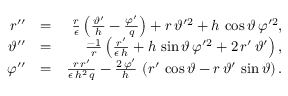
\begin{array} { r l r } { r ^ { \prime \prime } } & { = } & { \frac { r } { \epsilon } \left( \frac { \vartheta ^ { \prime } } { h } - \frac { \varphi ^ { \prime } } { q } \right) + r \, \vartheta ^ { \prime 2 } + h \, \cos \vartheta \, \varphi ^ { \prime 2 } , } \\ { \vartheta ^ { \prime \prime } } & { = } & { \frac { - 1 } { r } \left( \frac { r ^ { \prime } } { \epsilon \, h } + h \, \sin \vartheta \, \varphi ^ { \prime 2 } + 2 \, r ^ { \prime } \, \vartheta ^ { \prime } \right) , } \\ { \varphi ^ { \prime \prime } } & { = } & { \frac { r \, r ^ { \prime } } { \epsilon \, h ^ { 2 } \, q } - \frac { 2 \, \varphi ^ { \prime } } { h } \, \left( r ^ { \prime } \, \cos \vartheta - r \, \vartheta ^ { \prime } \, \sin \vartheta \right) . } \end{array}